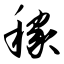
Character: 稼